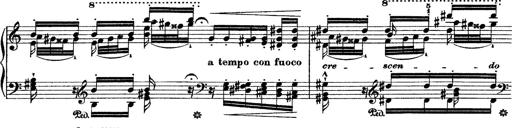
Title: Grande fantasie di bravura sur La clochette
Composer: Franz Liszt
Key: A minor